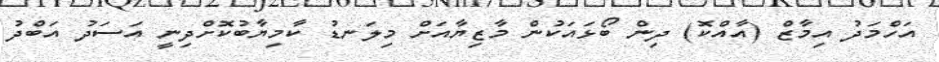
އަހްމަދު އިމާޒް (އާއްކޮ) ދިން ބޯޅައަކުން މާޒިޔާއަށް މިލަނޑު ކާމިޔާބުކޮށްދިނީ އަސަދު އަބްދު